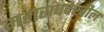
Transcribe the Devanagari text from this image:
महासंघदेखील